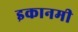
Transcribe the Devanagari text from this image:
इकानमी